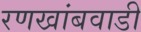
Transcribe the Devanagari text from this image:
रणखांबवाडी